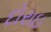
દોરાઇ